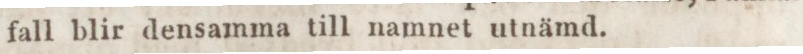
fall blir densamma till namnet utnämd.